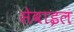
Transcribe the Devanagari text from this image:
सेवाइल